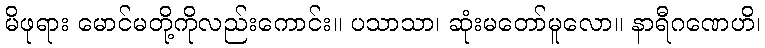
မိဖုရား မောင်မတို့ကိုလည်းကောင်း။ ပသာသာ၊ ဆုံးမတော်မူလော။ နာရီဂဏေဟိ၊